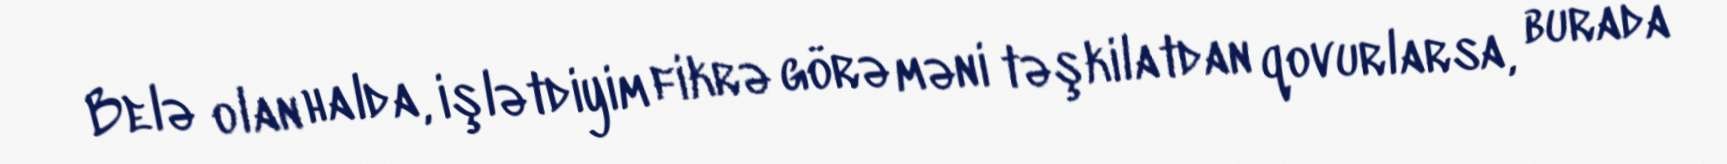
Belə olan halda, işlətdiyim fikrə görə məni təşkilatdan qovurlarsa, burada